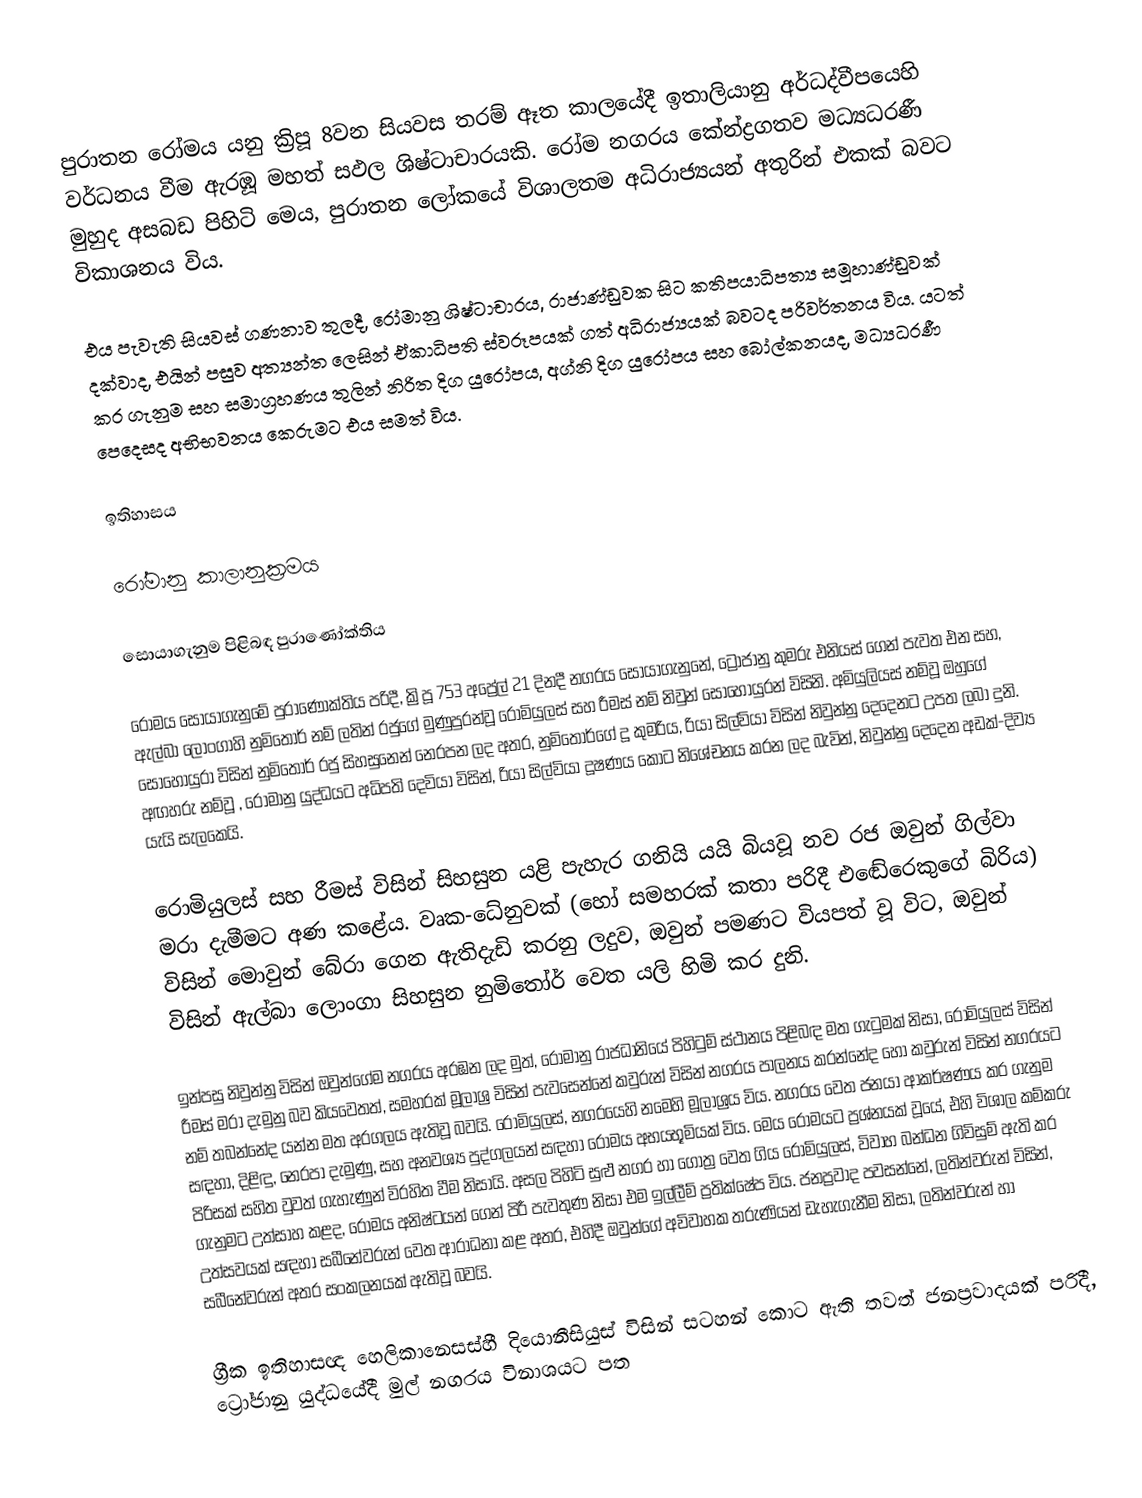
පුරාතන රෝමය යනු ක්‍රිපූ 8වන සියවස තරම් ඈත කාලයේදී  ඉතාලියානු අර්ධද්වීපයෙහි වර්ධනය වීම ඇරඹූ මහත් සඵල    ශිෂ්ටාචාරයකි. රෝම නගරය කේන්ද්‍රගතව මධ්‍යධරණී මුහුද අසබඩ පිහිටි මෙය, පුරාතන ලෝකයේ විශාලතම අධිරාජ්‍යයන් අතුරින් එකක් බවට විකාශනය විය.

එය පැවැති සියවස් ගණනාව තුලදී, රෝමානු ශිෂ්ටාචාරය, රාජාණ්ඩුවක සිට  කතිපයාධිපත්‍ය සමූහාණ්ඩුවක් දක්වාද, එයින් පසුව අත්‍යන්ත ලෙසින් ඒකාධිපති ස්වරූපයක් ගත් අධිරාජ්‍යයක් බවටද පරිවර්තනය විය. යටත් කර ගැනුම සහ  සමාග්‍රහණය තුලින් නිරිත දිග යුරෝපය, අග්නි දිග යුරෝපය සහ බෝල්කනයද, මධ්‍යධරණී පෙදෙසද අභිභවනය කෙරුමට එය සමත් විය.

ඉතිහාසය

රෝමානු කාලානුක්‍රමය

සොයාගැනුම පිළිබඳ පුරාණෝක්තිය

රෝමය සොයාගැනුමේ පුරාණෝක්තිය පරිදී, ක්‍රිපූ 753 අප්‍රේල් 21 දිනදී නගරය සොයාගැනුනේ, ට්‍රෝජානු කුමරු එනියස් ගෙන් පැවත එන සහ,  ඇල්බා ලොංගාහි නුමිතෝර් නම් ලතින් රජුගේ මුණුපුරන්වූ රොමියුලස් සහ රීමස් නම් නිවුන් සොහොයුරන් විසිනි. අමියුලියස් නම්වූ  ඔහුගේ සොහොයුරා විසින් නුමිතෝර් රජු සිහසුනෙන් නෙරපන ලද අතර, නුමිතෝර්ගේ දූ කුමරිය, රියා සිල්වියා විසින් නිවුන්නු දෙදෙනට උපත ලබා දුනි.  අඟහරු නම්වූ , රෝමානු යුද්ධයට අධිපති දෙවියා විසින්, රියා සිල්වියා දූෂණය කොට  නිශේචනය කරන ලද බැවින්, නිවුන්නු දෙදෙන අඩක්-දිව්‍ය යැයි සැලකෙයි.

රොමියුලස් සහ රීමස් විසින් සිහසුන යළි පැහැර ගනියි යයි බියවූ නව රජ ඔවුන් ගිල්වා මරා දැමීමට අණ කළේය.  වෘක-ධේනුවක් (හෝ සමහරක් කතා පරිදී එඬේරෙකුගේ බිරිය) විසින් මොවුන් බේරා ගෙන ඇතිදැඩි කරනු ලදුව, ඔවුන් පමණට වියපත් වූ විට, ඔවුන් විසින් ඇල්බා ලොංගා සිහසුන නුමිතෝර් වෙත යලි හිමි කර දුනි.

ඉන්පසු නිවුන්නු විසින් ඔවුන්ගේම නගරය අරඹන ලද මුත්,  රෝමානු රාජධානියේ පිහිටුම් ස්ථානය පිළිබඳ මත ගැටුමක් නිසා, රොමියුලස් විසින් රීමස් මරා දැමුනු බව කියවෙතත්, සමහරක් මූලාශ්‍ර විසින් පැවසෙන්නේ කවුරුන් විසින් නගරය පාලනය කරන්නේද හෝ කවුරුන් විසින් නගරයට නම් තබන්නේද යන්න මත අරගලය ඇතිවූ බවයි. රොමියුලස්, නගරයෙහි නමෙහි මූලාශ්‍රය විය. නගරය වෙත ජනයා ආකර්ෂණය කර ගැනුම සඳහා, දිළිඳු, නෙරපා දැමුණු, සහ අනවශ්‍ය පුද්ගලයන් සඳහා රෝමය අභයභූමියක් විය. මෙය රෝමයට ප්‍රශ්නයක් වූයේ, එහි විශාල කම්කරු පිරිසක් සහිත වුවත් ගැහැණුන් විරහිත වීම නිසායි. අසල පිහිටි සුළු නගර හා ගෝත්‍ර වෙත ගිය රොමියුලස්, විවාහ බන්ධන ගිවිසුම් ඇති කර ගැනුමට උත්සාහ කළද, රෝමය අනිෂ්ටයන් ගෙන් පිරී පැවතුණ නිසා එම ඉල්ලීම් ප්‍රතික්ෂේප විය. ජනප්‍රවාද පවසන්නේ, ලතින්වරුන් විසින්, උත්සවයක් සඳහා සබීනේවරුන් වෙත ආරාධනා කළ අතර, එහිදී ඔවුන්ගේ අවිවාහක තරුණියන් ඩැහැගැනීම නිසා, ලතින්වරුන් හා සබීනේවරුන් අතර සංකලනයක් ඇතිවූ බවයි.

ග්‍රීක ඉතිහාසඥ හෙලිකානෙසස්හී දියොනීසියුස් විසින් සටහන් කොට ඇති තවත් ජනප්‍රවාදයක් පරිදී,   ට්‍රෝජානු යුද්ධයේදී මුල් නගරය විනාශයට පත